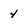
Character: 4